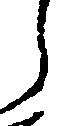
し